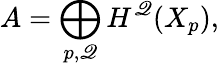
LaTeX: A=\bigoplus_{p,\mathscr{Q}}H^{\mathscr{Q}}(X_{p}),